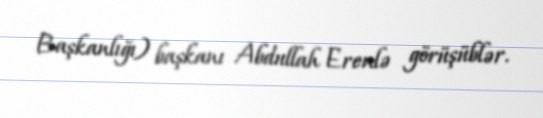
Başkanlığı) başkanı Abdullah Erenlə görüşüblər.